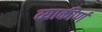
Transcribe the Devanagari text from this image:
व्याकीर्ण